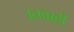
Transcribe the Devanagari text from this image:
।तबाही